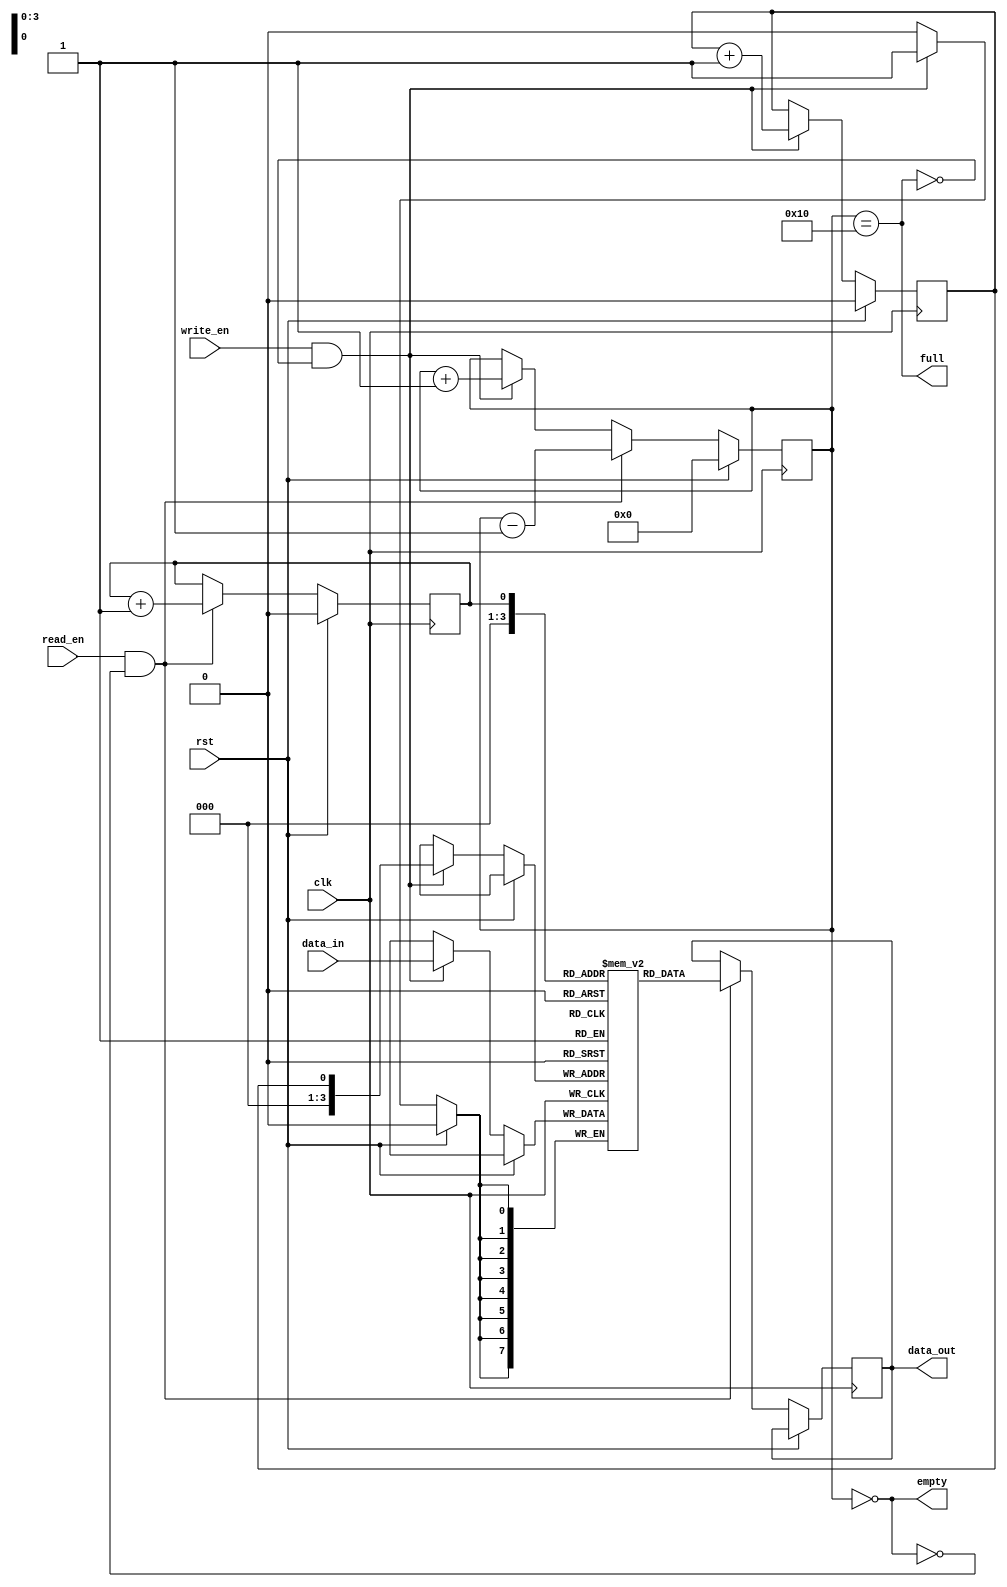
module dual_port_fifo (
    input wire rst,
    input wire clk,
    input wire write_en,
    input wire read_en,
    input wire [DATA_WIDTH-1:0] data_in,
    output reg [DATA_WIDTH-1:0] data_out,
    output wire empty,
    output wire full
);

parameter DEPTH = 16;
parameter DATA_WIDTH = 8;

reg [DATA_WIDTH-1:0] fifo [DEPTH-1:0];
reg wr_ptr = 0;
reg rd_ptr = 0;
reg [DEPTH-1:0] count = 0;

always @(posedge clk) begin
    if (rst) begin
        wr_ptr <= 0;
        rd_ptr <= 0;
        count <= 0;
    end else begin
        if (write_en && !full) begin
            fifo[wr_ptr] <= data_in;
            wr_ptr <= wr_ptr + 1;
            count <= count + 1;
        end
        
        if (read_en && !empty) begin
            data_out <= fifo[rd_ptr];
            rd_ptr <= rd_ptr + 1;
            count <= count - 1;
        end
    end
end

assign empty = (count == 0);
assign full = (count == DEPTH);

endmodule